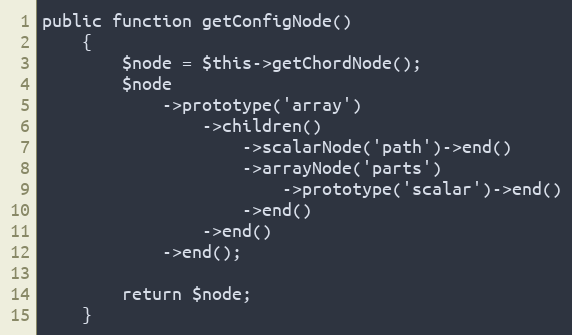
Language: PHP
public function getConfigNode()
    {
        $node = $this->getChordNode();
        $node
            ->prototype('array')
                ->children()
                    ->scalarNode('path')->end()
                    ->arrayNode('parts')
                        ->prototype('scalar')->end()
                    ->end()
                ->end()
            ->end();

        return $node;
    }